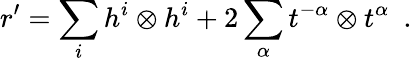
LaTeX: r^{\prime}=\sum_{i}h^{i}\otimes h^{i}+2\sum_{\alpha}t^{-\alpha}\otimes t^{\alpha}\ \ .